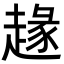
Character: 䞼